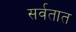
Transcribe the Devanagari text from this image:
सर्वतात